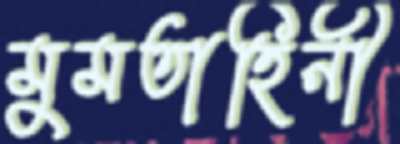
মুমতাহিনী